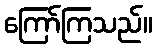
ကြော်ကြသည်။